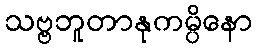
သဗ္ဗဘူတာနုကမ္ပိနော